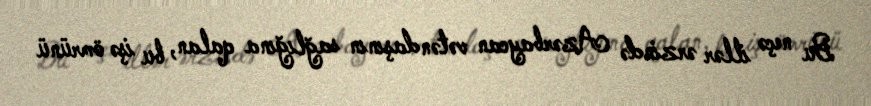
Bu neçə illər ərzində Azərbaycan vətəndaşının sağlığına qalan, bu işə ömrünü